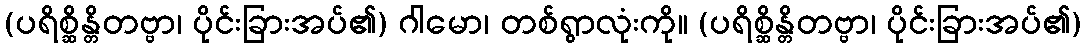
(ပရိစ္ဆိန္တိတဗ္ဗာ၊ ပိုင်းခြားအပ်၏) ဂါမော၊ တစ်ရွာလုံးကို။ (ပရိစ္ဆိန္တိတဗ္ဗာ၊ ပိုင်းခြားအပ်၏)